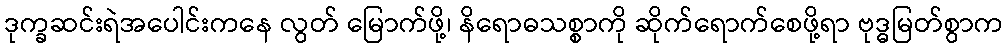
ဒုက္ခဆင်းရဲအပေါင်းကနေ လွတ် မြောက်ဖို့၊ နိရောဓသစ္စာကို ဆိုက်ရောက်စေဖို့ရာ ဗုဒ္ဓမြတ်စွာက